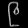
Digit: ၉